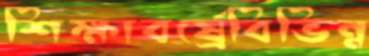
শিক্ষাবর্ষ্রেবিভিন্ন